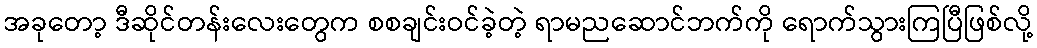
အခုတော့ ဒီဆိုင်တန်းလေးတွေက စစချင်းဝင်ခဲ့တဲ့ ရာမညဆောင်ဘက်ကို ရောက်သွားကြပြီဖြစ်လို့